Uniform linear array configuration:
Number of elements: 8
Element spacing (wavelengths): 0.25
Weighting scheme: hamming
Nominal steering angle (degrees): -60
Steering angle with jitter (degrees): -61.244
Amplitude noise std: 0.05
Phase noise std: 0.05

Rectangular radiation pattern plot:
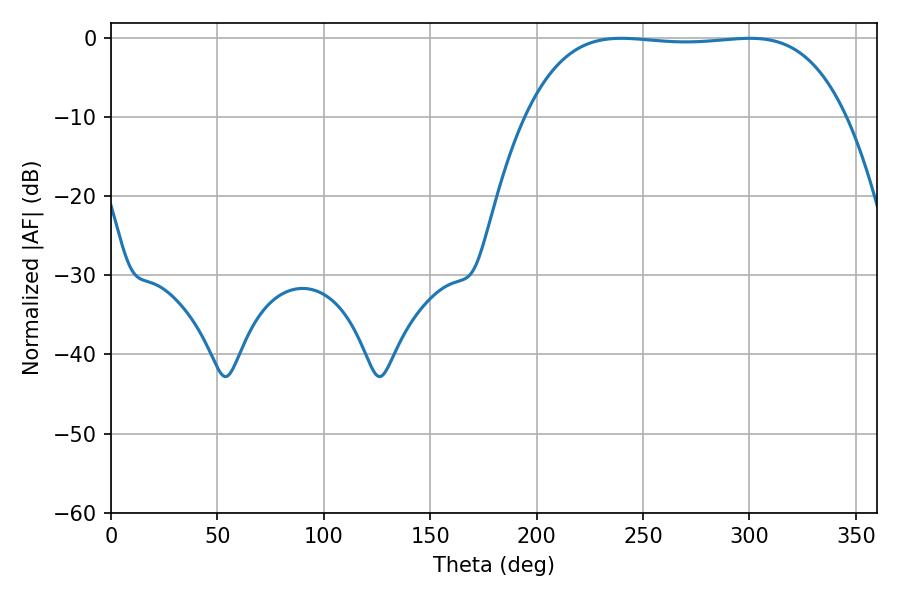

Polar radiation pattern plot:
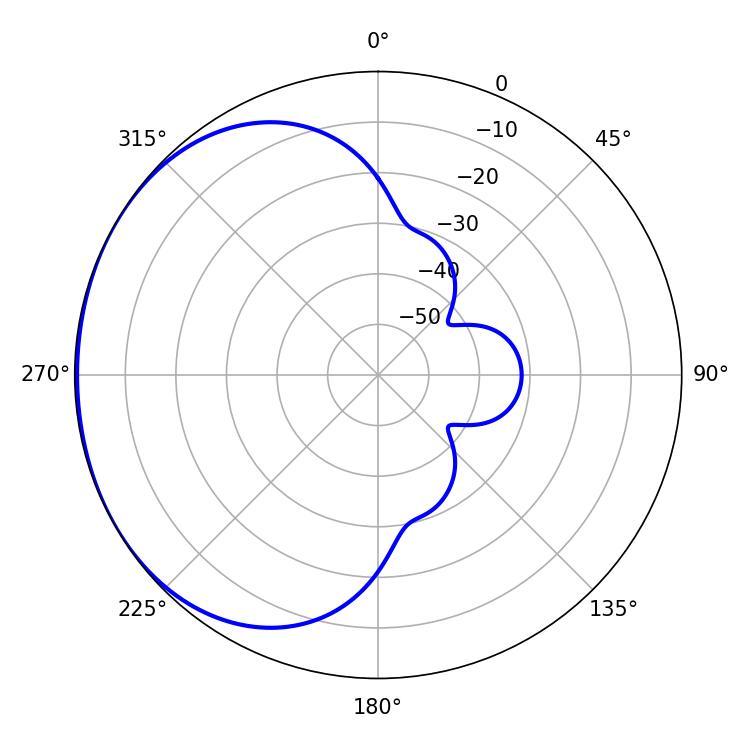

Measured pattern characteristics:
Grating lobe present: FALSE
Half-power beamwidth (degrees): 117.36
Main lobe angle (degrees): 239.76